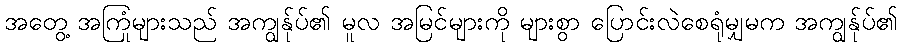
အတွေ့ အကြုံများသည် အကျွန်ုပ်၏ မူလ အမြင်များကို များစွာ ပြောင်းလဲစေရုံမျှမက အကျွန်ုပ်၏